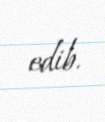
edib.